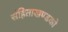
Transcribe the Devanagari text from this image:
संहिताखण्डको